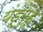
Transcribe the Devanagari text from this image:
यंडूगुंडू